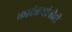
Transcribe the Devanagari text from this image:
कादंबर्‍यांनीही